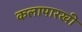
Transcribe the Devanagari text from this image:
कलापारखी